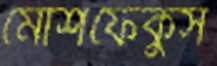
মোশফেকুস